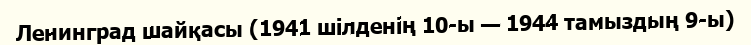
Ленинград шайқасы (1941 шілденің 10-ы — 1944 тамыздың 9-ы)